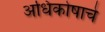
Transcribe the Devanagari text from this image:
अधिकोषाचे